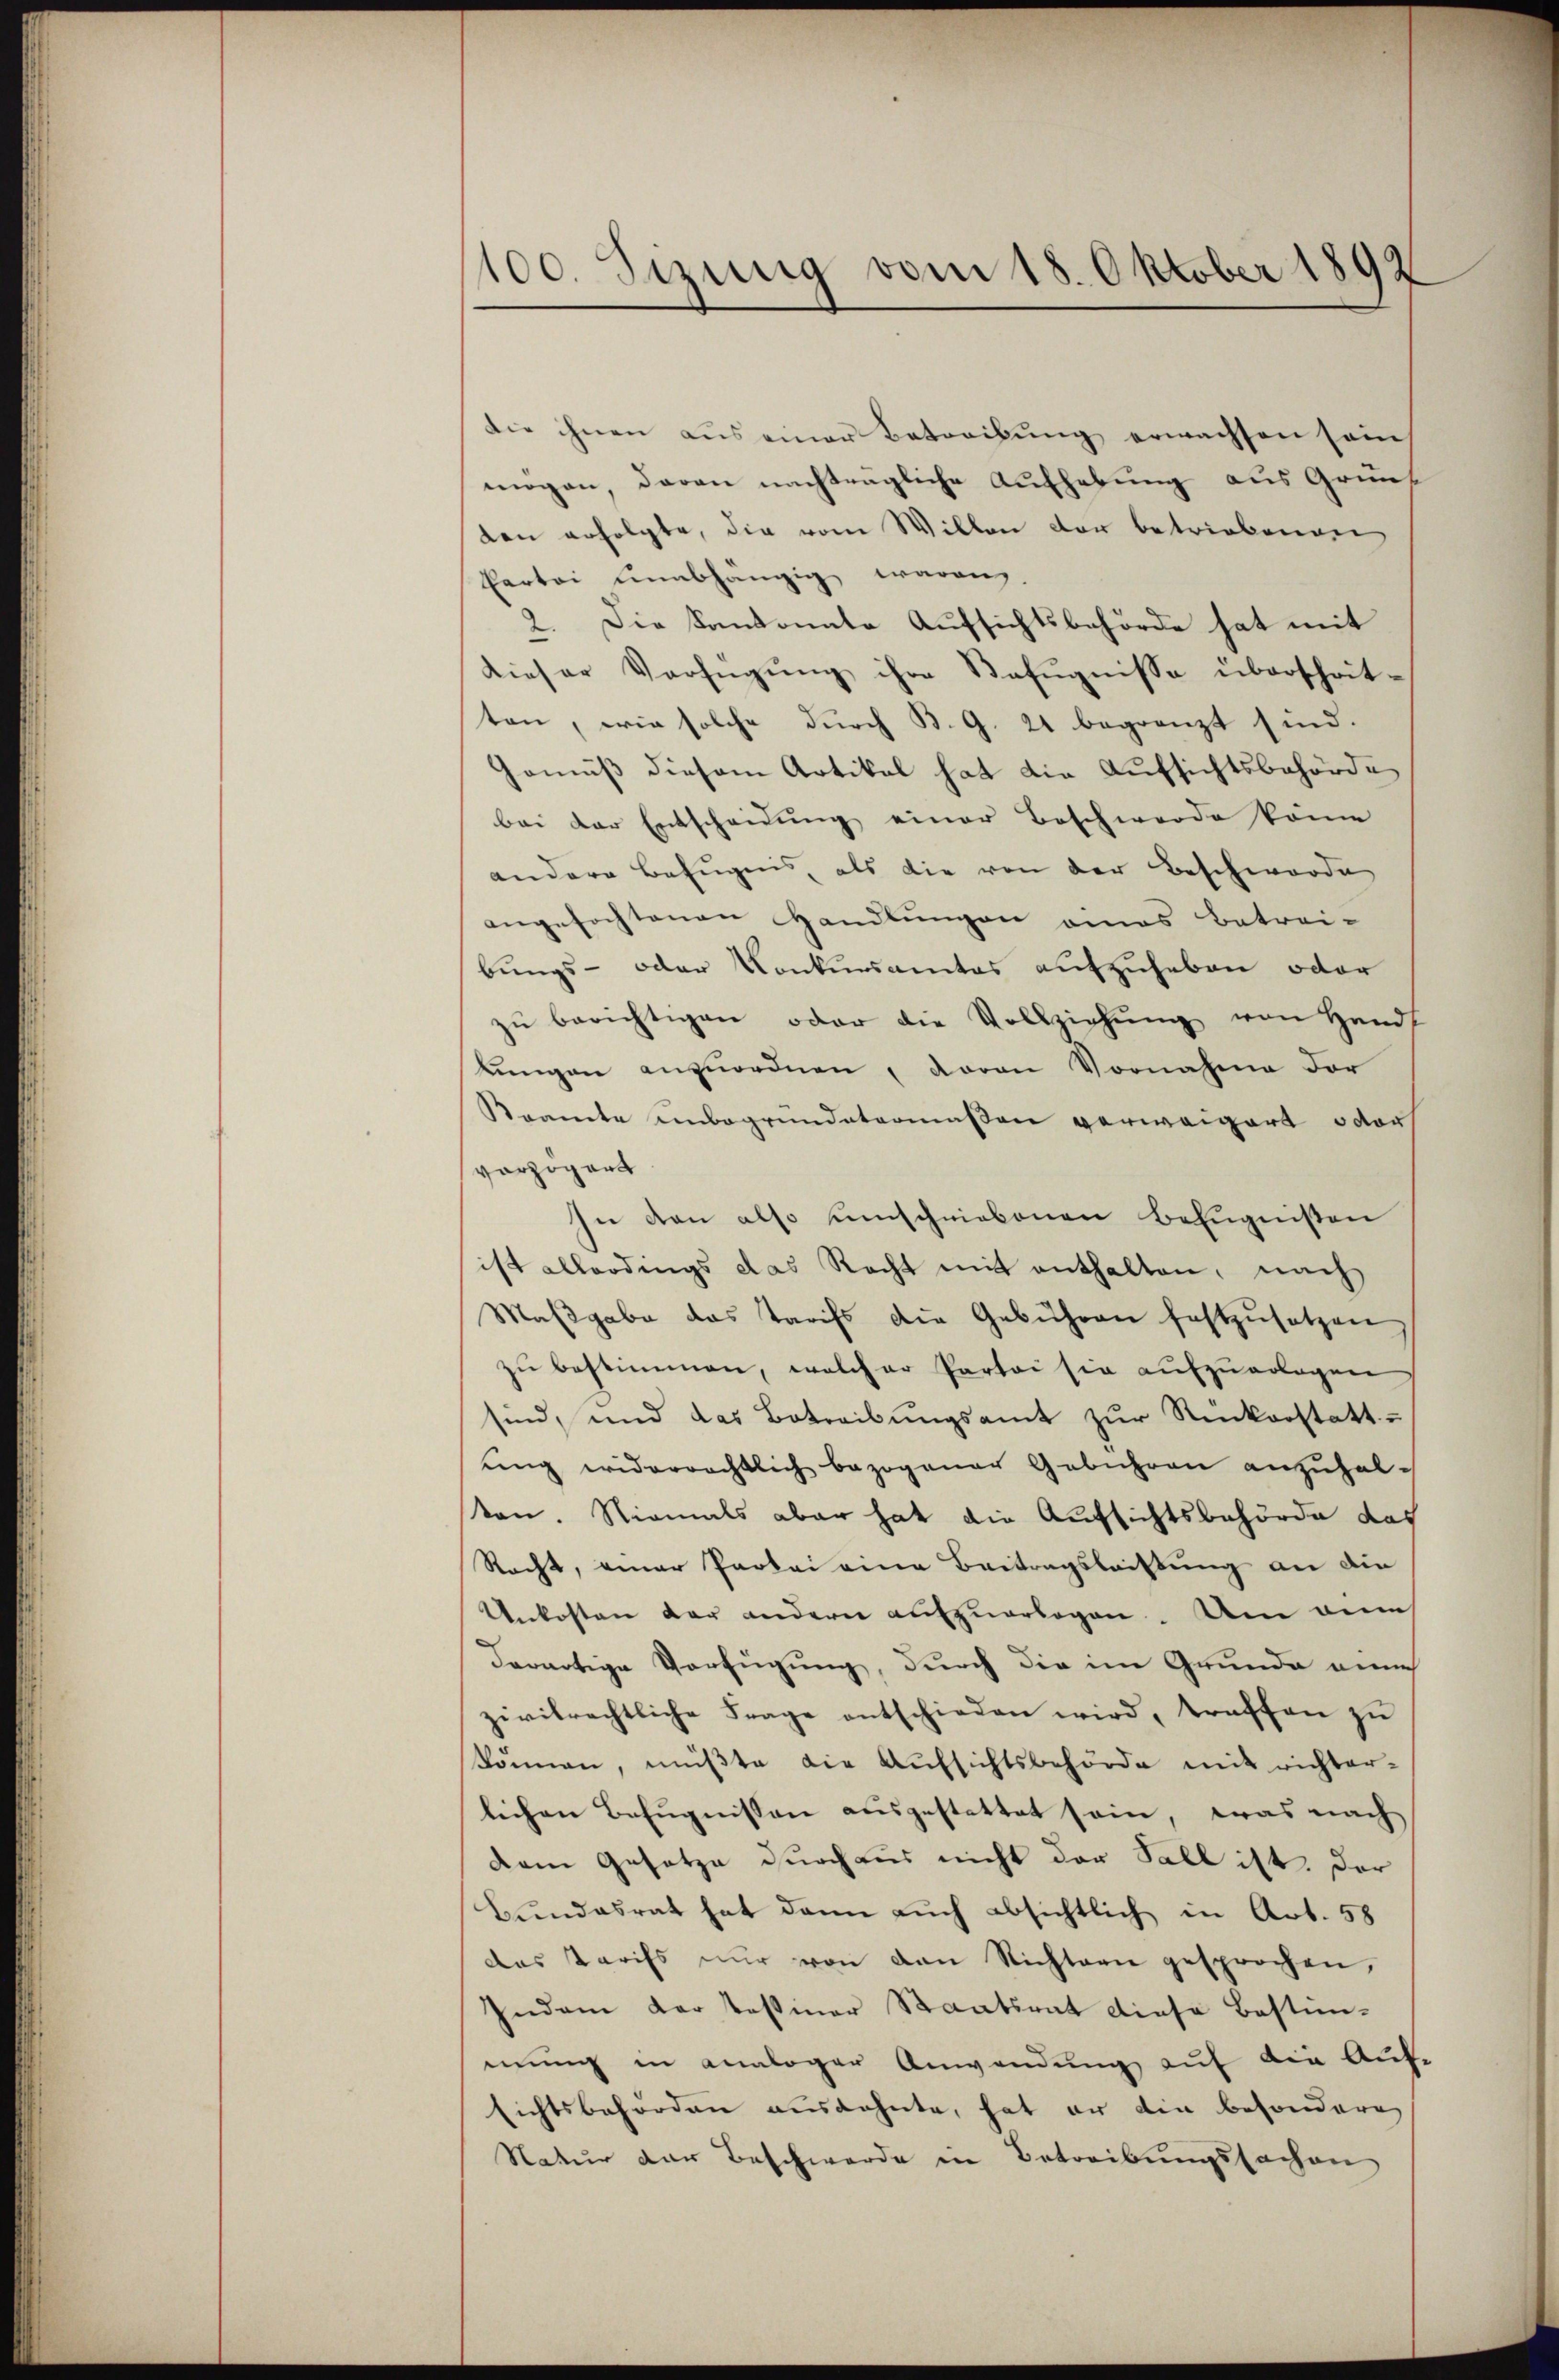
100. Sizung vom 18. Oktober 1892

die ihnen aus einer Betreibung erwachsen sein
mögen, daran nachträgliche Aufhebung aus Gründen erfolgte, die vom Willen der betriebenen
Partei unabhängig waren.
2. Die Kantonale Aufsichtsbehörde hat mit
dieser Verfügŭng ihre Befugnisse überschrit-
ten, wie solche durch B. G. 21 begrenzt sind.
Gemäß diesem Artikal hat die Aufsichtsbehörde
bei der Entscheidŭng einer Beschwerde könne
andere Befugnis, als die von der Beschwerde
angefochtenen Handlungen amas betrei-
bungs- oder Konkursamtes aufzuheben oder
zŭ berichtigen oder die Vollziehŭng von Handt
lungen anzŭordnen, davon Vornahme der
Beamte unbegründetermaßen verweigert octor
verzögert
In den also umschriebenen Befugnißen
ist allerdings das Recht mit enthalten, nach
Maβgabe das Tarifs die Gebühren festzŭsetzen
zŭ bestimmen, welcher Partei sie aufzuerlagen
sind, und das Betreibungsamt zur Rickerstattŭng widerrechtlich bezogener Gebühren anzuhalten. Niemals aber hat die Aufsichtsbehörde das
Racht, einer Partei eine Beitragsleistung an die
Unkosten der andern auszuarbogen. Um dei
derartige Verfügung, durch die im Grunde ein
zivilrechtliche Frage entschieden wird, traffen zu
können, müßte die Aufsichtsbehörde mit richter-
lichen Befugnissen ausgestattet sein, was nach
dem Gesetze durchaus nicht der Fall ist. Der
Bundesrat hat dann auch absichtlich in Art. 58
das Tarifs nŭr von den Nichtern gesprochen,
Indem dar tessiner Staatsrat diese Bestim-
mung in analoger Anwendung auf die Auf-
sichtsbehörden ausdehnte, hat er die besondere
Natur der Beschwerde in Betreibungssachen